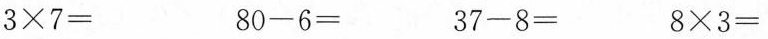
$$3\times7=$$ $$8 0-6=$$ $$3 7-8=$$ $$8\times3=$$